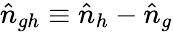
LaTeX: \hat{n}_{gh}\equiv\hat{n}_{h}-\hat{n}_{g}